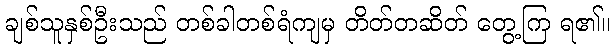
ချစ်သူနှစ်ဦးသည် တစ်ခါတစ်ရံကျမှ တိတ်တဆိတ် တွေ့ကြ ရ၏။